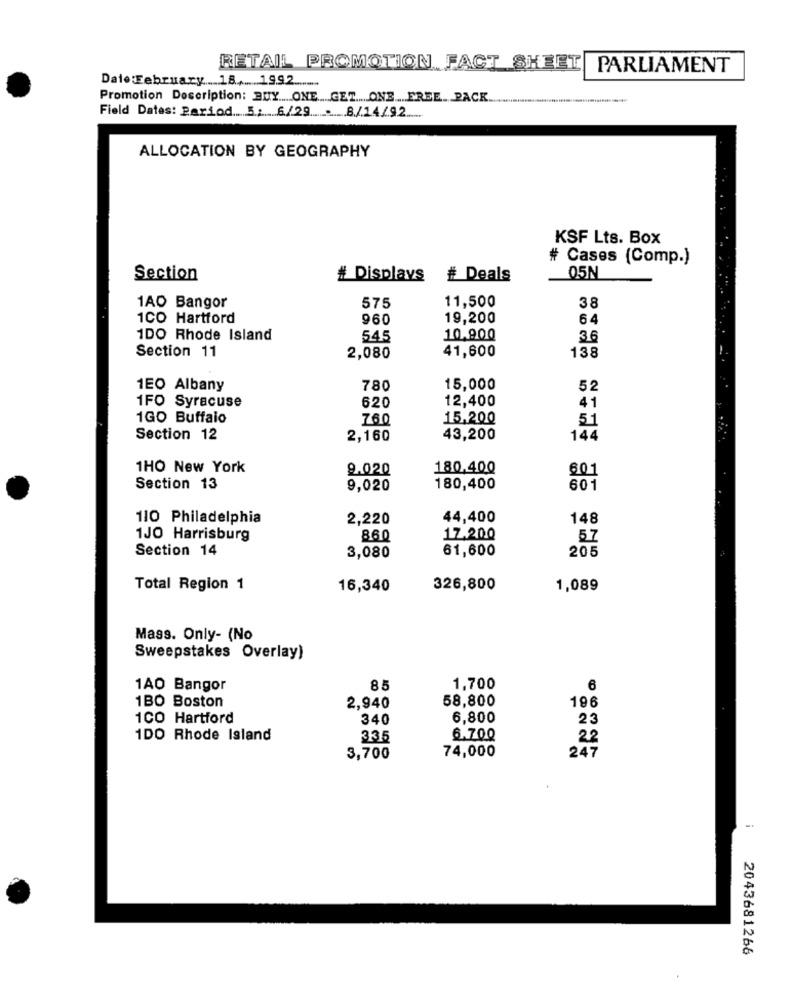
RETAIL PROMOTION FACT SHEET
PARLIAMENT
Date :February 18 ..... 1992 .........
Promotion Description: BUY ..... ONE .GET .... ONE .. FREE.PACK.
Field Dates: Period ... 5 ;6/29 .- 8./14/92 .....
ALLOCATION BY GEOGRAPHY
KSF Lts. Box
# Cases (Comp.)
Section
# Displays # Deals
05N
11,500
38
1AO Bangor
575
1CO Hartford
960
19,200
64
1DO Rhode Island
545
10.900
36
Section 11
41,600
138
2,080
1EO Albany
780
15,000
52
1FO Syracuse
12,400
41
620
1GO Buffalo
760
15,200
51
Section 12
2,160
43,200
144
1HO New York
9.020
180,400
601
Section 13
9,020
180,400
601
110 Philadelphia
2,220
44,400
148
1JO Harrisburg
860
17.200
57
Section 14
61,600
3,080
205
Total Region 1
16,340
326,800
1,089
Mass. Only- (No
Sweepstakes Overlay)
1AO Bangor
85
1,700
6
1BO Boston
2,940
58,800
196
1CO Hartford
340
6,800
23
1DO Rhode Island
335
6.700
22
74,000
247
3,700
2043681266